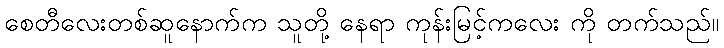
စေတီလေးတစ်ဆူနောက်က သူတို့ နေရာ ကုန်းမြင့်ကလေး ကို တက်သည်။